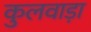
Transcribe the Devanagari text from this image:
कुलवाड़ा